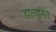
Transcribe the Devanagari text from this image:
हाल्युमित